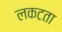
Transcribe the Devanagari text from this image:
लकटता